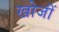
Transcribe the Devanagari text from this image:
खोजीं